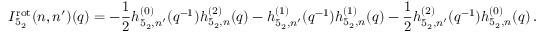
I _ { 5 _ { 2 } } ^ { \mathrm { r o t } } ( n , n ^ { \prime } ) ( q ) = - \frac { 1 } { 2 } h _ { 5 _ { 2 } , n ^ { \prime } } ^ { ( 0 ) } ( q ^ { - 1 } ) h _ { 5 _ { 2 } , n } ^ { ( 2 ) } ( q ) - h _ { 5 _ { 2 } , n ^ { \prime } } ^ { ( 1 ) } ( q ^ { - 1 } ) h _ { 5 _ { 2 } , n } ^ { ( 1 ) } ( q ) - \frac { 1 } { 2 } h _ { 5 _ { 2 } , n ^ { \prime } } ^ { ( 2 ) } ( q ^ { - 1 } ) h _ { 5 _ { 2 } , n } ^ { ( 0 ) } ( q ) \, .